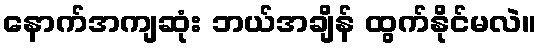
နောက်အကျဆုံး ဘယ်အချိန် ထွက်နိုင်မလဲ။